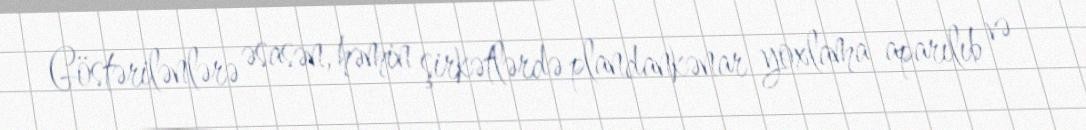
Göstərilənlərə əsasən, həmin şirkətlərdə plandankənar yoxlama aparılıb və